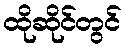
ထိုဆိုင်တွင်